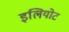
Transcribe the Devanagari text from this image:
इलियोट